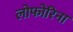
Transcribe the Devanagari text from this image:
लोफोरिना